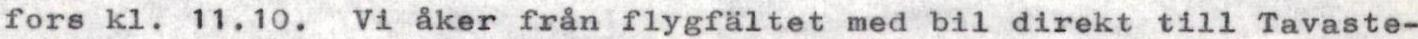
fors kl. 11.10. Vi åker från flygfältet med bil direkt till Tavaste-